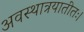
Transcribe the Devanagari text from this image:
अवस्थात्रयातीतः।